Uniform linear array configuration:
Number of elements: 8
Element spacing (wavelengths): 0.75
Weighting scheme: exponential
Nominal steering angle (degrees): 0
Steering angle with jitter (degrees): -1.581
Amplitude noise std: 0.05
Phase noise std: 0.05

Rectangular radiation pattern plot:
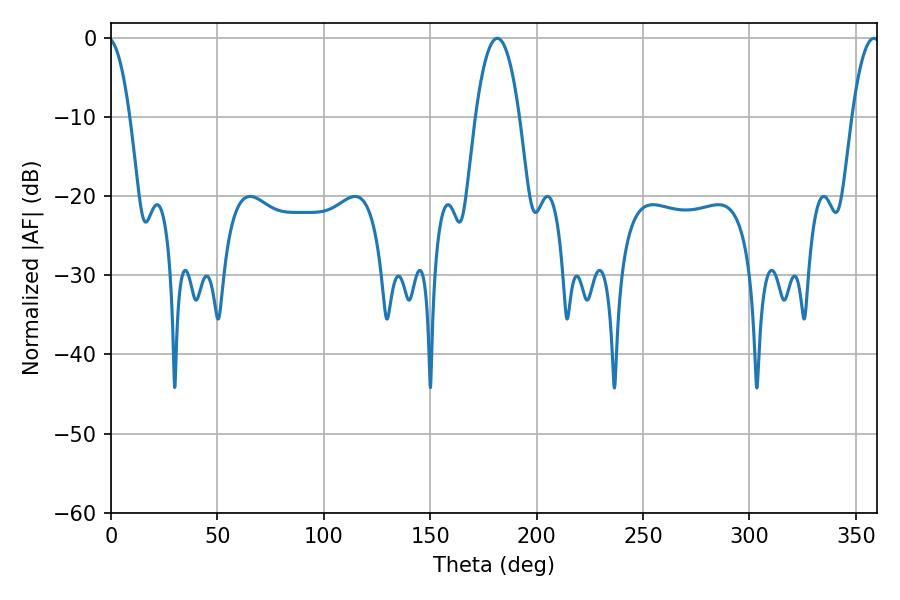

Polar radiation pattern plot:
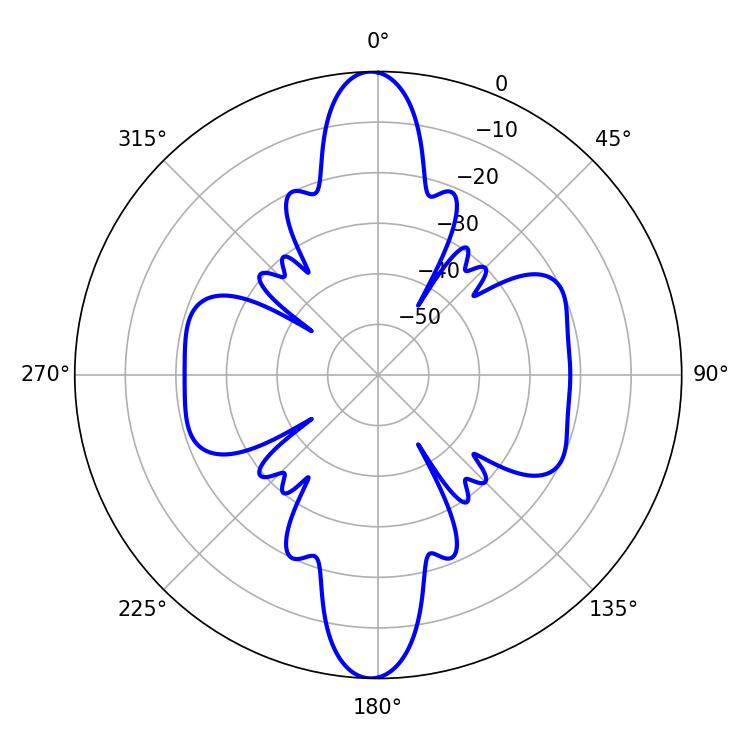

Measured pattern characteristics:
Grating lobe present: TRUE
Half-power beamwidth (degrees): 11.34
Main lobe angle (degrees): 181.44